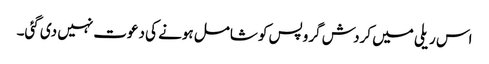
اس ریلی میں کردش گروپس کو شامل ہونے کی دعوت نہیں دی گئی۔